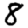
Digit: 8